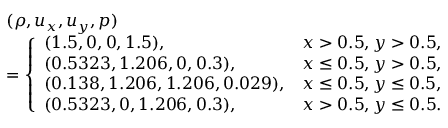
\begin{array} { r l } & { ( \rho , u _ { x } , u _ { y } , p ) } \\ & { = \left\{ \begin{array} { l l } { ( 1 . 5 , 0 , 0 , 1 . 5 ) , } & { x > 0 . 5 , y > 0 . 5 , } \\ { ( 0 . 5 3 2 3 , 1 . 2 0 6 , 0 , 0 . 3 ) , } & { x \leq 0 . 5 , y > 0 . 5 , } \\ { ( 0 . 1 3 8 , 1 . 2 0 6 , 1 . 2 0 6 , 0 . 0 2 9 ) , } & { x \leq 0 . 5 , y \leq 0 . 5 , } \\ { ( 0 . 5 3 2 3 , 0 , 1 . 2 0 6 , 0 . 3 ) , } & { x > 0 . 5 , y \leq 0 . 5 . } \end{array} \right. } \end{array}